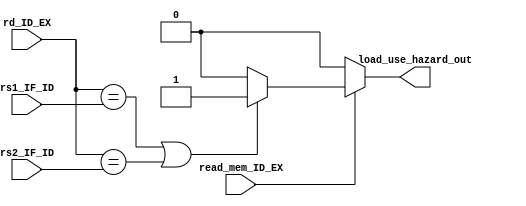
`timescale 1ns / 1ps
module Hazard_detect_unit(
    input [4:0] rd_ID_EX,
    input [4:0] rs1_IF_ID,
    input [4:0] rs2_IF_ID,
    input read_mem_ID_EX,
    output reg load_use_hazard_out
    );

    always @* begin
        load_use_hazard_out = 1'b0;
        if(read_mem_ID_EX) begin
            if((rd_ID_EX == rs1_IF_ID) | (rd_ID_EX == rs2_IF_ID)) begin
                load_use_hazard_out = 1'b1;
            end
        end
    end
endmodule